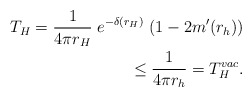
\begin{align*}T_H = {1\over 4\pi r_H} \; e^{-\delta(r_H)} \; (1-2m'(r_h))\\\leq\frac{1}{4\pi r_{h}}=T^{vac}_{H}.\end{align*}